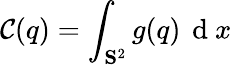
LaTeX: \mathcal{C}(q)=\int_{\mathbf{S}^{2}}g(q)\, \mathrm{~d~}x